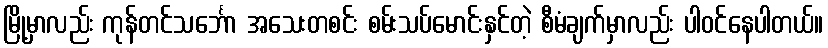
မြို့မှာလည်း ကုန်တင်သင်္ဘော အသေးတစင်း စမ်းသပ်မောင်းနှင်တဲ့ စီမံချက်မှာလည်း ပါဝင်နေပါတယ်။